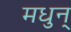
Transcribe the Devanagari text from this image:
मधुन्